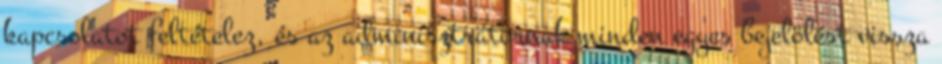
kapcsolatot feltételez, és az adminisztrátornak minden egyes bejelölést vissza